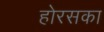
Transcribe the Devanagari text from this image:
होरसका